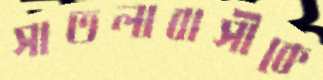
সাতলাবাসীকে